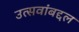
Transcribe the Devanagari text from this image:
उत्सवांबद्दल